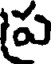
ప